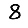
Digit: 8